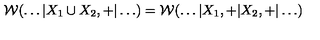
{ \cal W } ( \ldots | X _ { 1 } \cup X _ { 2 } , + | \ldots ) = { \cal W } ( \ldots | X _ { 1 } , + | X _ { 2 } , + | \ldots )